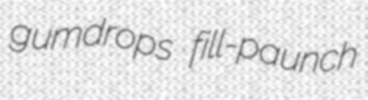
gumdrops fill-paunch